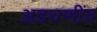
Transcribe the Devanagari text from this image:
अडचणींत